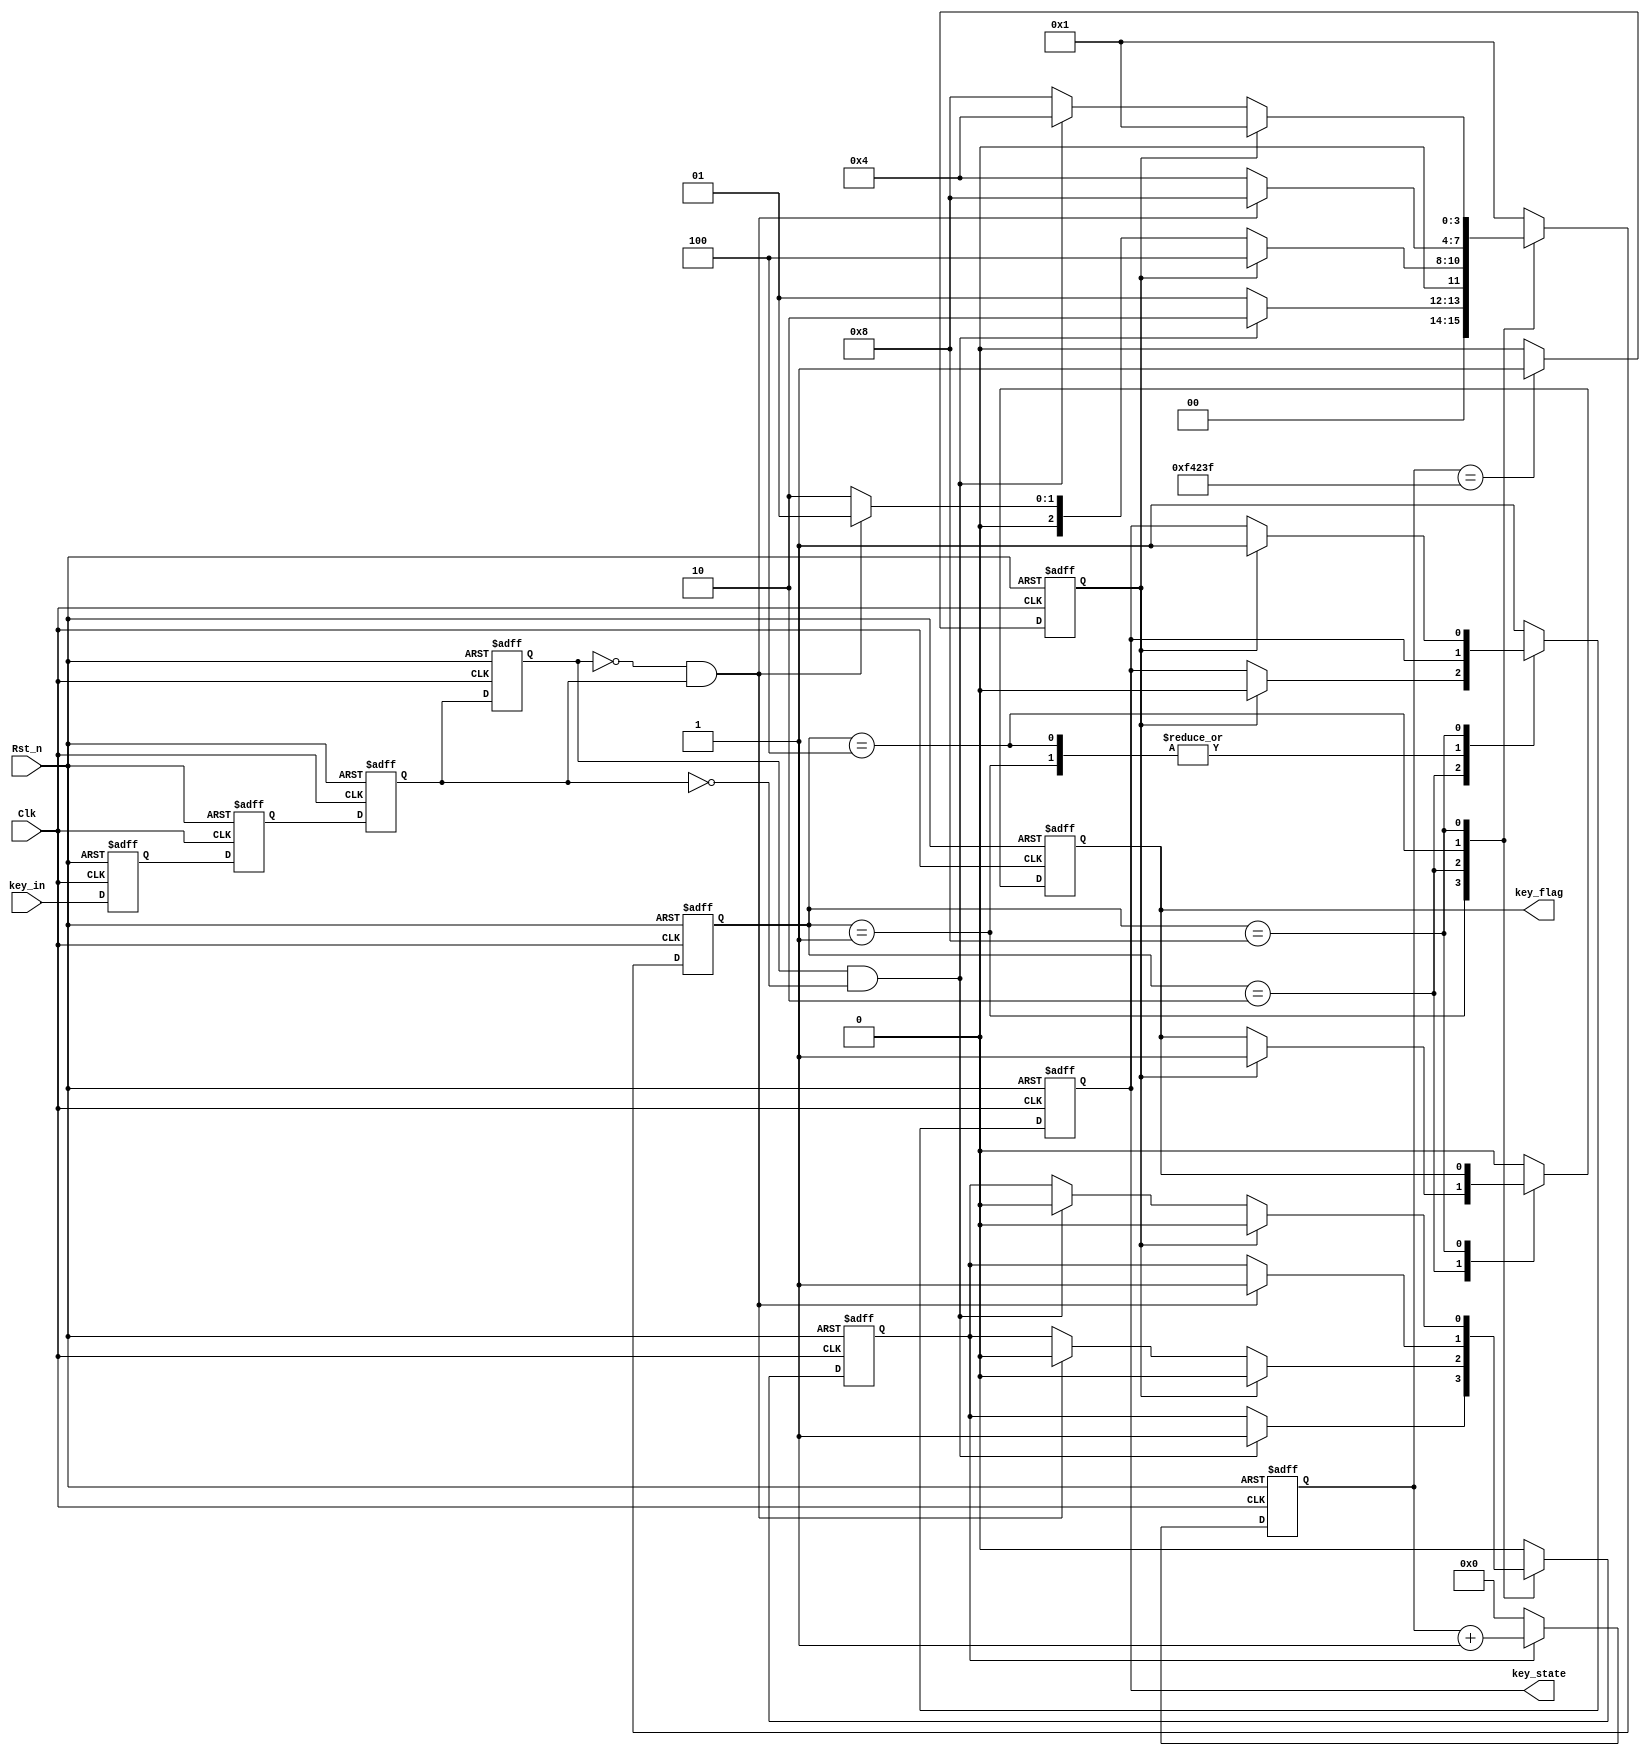
/*
 *NAME: Rayone
 *FUNC: key filter
 */
module keyscan(Clk,Rst_n,key_in,key_flag,key_state);
//
	input Clk;
	input Rst_n;
	input key_in;
	
	output reg key_flag; //1
	output reg key_state;//1 0

//key_filter
//>D
	reg key_in_tmpa,key_in_tmpb;
	always@(posedge Clk or negedge Rst_n)
		if(!Rst_n)begin
			key_in_tmpa <= 1'b0;
			key_in_tmpb <= 1'b0;
		end
		else begin
			key_in_tmpa <= key_in;
			key_in_tmpb <= key_in_tmpa;
		end
		
//>key_in
	wire pedge,nedge;//key_in
	reg key_in_a,key_in_b;
	always@(posedge Clk or negedge Rst_n)
	if(!Rst_n)begin
		key_in_a <= 1'b0;
		key_in_b <= 1'b0;
	end
	else begin
		key_in_a <= key_in_tmpb;//key_in_tmpbkey_inD
										//key_in_akey_in_bkey_in_b
		key_in_b <= key_in_a;
	end
	//now :key_in_a   ago :key_in_b
	assign pedge = ((!key_in_b) & key_in_a);	//key_in
	assign nedge = ( key_in_b & (!key_in_a));//key_in
	
	
	//
	localparam  //one-hot code
		IDLE 	  = 4'b0001,
		FILTER0 = 4'b0010,
		DOWN 	  = 4'b0100,
		FILTER1 = 4'b1000;

	//
		reg [3:0]state;
		
	//
	reg [19:0]cnt;		//>,20ms,20
	reg en_cnt;   		//>
	reg cnt_full_flag;//>
	
	//
	always@(posedge Clk or negedge Rst_n)
		if(!Rst_n)begin
			state <= IDLE;
			en_cnt <= 1'b0;
			key_flag <= 1'b0;
			key_state <= 1'b1;
		end
		else begin 
			case(state)
				IDLE:begin
					key_flag <= 1'b0;
					if(nedge)begin//
						state <= FILTER0;//
						en_cnt <= 1'b1;  //(20ms,)
					end
					else 
						state <= IDLE;
				end	
				
				FILTER0:begin
					if(cnt_full_flag)begin
						state <= DOWN;
						en_cnt <= 1'b0;
						key_flag <= 1'b1;	//
						key_state <= 1'b0;//
					end
						else if(pedge)begin
							en_cnt <= 1'b0;
							state <= IDLE;	
						end
					else 
						state <= FILTER0;	
				end
				
				DOWN:begin
					key_flag <= 1'b0;
					if(pedge)begin
						en_cnt <= 1'b1;
						state <= FILTER1;
					end	
					else
						state <= DOWN;
				end
				
				FILTER1:begin
					if(cnt_full_flag == 1'b1)begin
						state <= IDLE;		//
						en_cnt <= 1'b0;	//
//						key_flag <= 1'b1;	//
						key_state <= 1'b1;//1
					end
					else if(nedge)begin
							en_cnt <= 1'b0;
							state <= DOWN;	
					end
					else 
						state <= FILTER1;	
				end
				default:
					begin 
						state <= IDLE; 
						en_cnt <= 1'b0;		
						key_flag <= 1'b0;
						key_state <= 1'b1;
					end
					
			endcase
	end
		

//1	
	always@(posedge Clk or negedge Rst_n)
	if(!Rst_n)begin
		cnt <= 20'd0;
	end
	else if(en_cnt)
		cnt <= cnt + 1'b1;
	else 
		cnt <= 20'd0;

//20ms cnt_full_flag	
	always@(posedge Clk or negedge Rst_n)
	if(!Rst_n)
		cnt_full_flag <= 1'b0;
	else if(cnt == 999_999)
		cnt_full_flag <= 1'b1;
	else 
		cnt_full_flag <= 1'b0;
		
endmodule